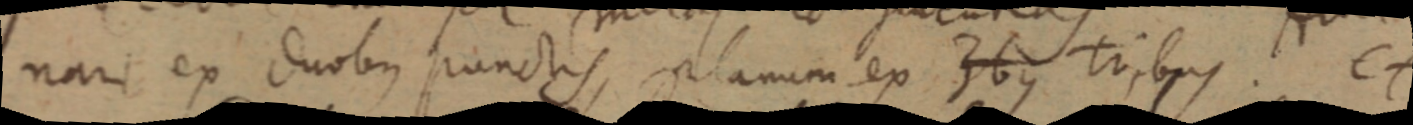
nari ex duobus punctis, planum ex _bus tribus. et